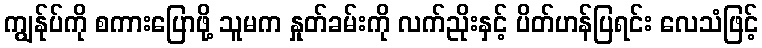
ကျွန်ုပ်ကို စကားပြောဖို့ သူမက နှုတ်ခမ်းကို လက်ညိုးနှင့် ပိတ်ဟန်ပြရင်း လေသံဖြင့်